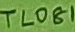
Text: TL081